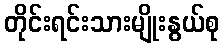
တိုင်းရင်းသားမျိုးနွယ်စု